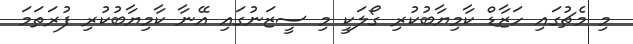
މި މެޗުގައި ހަޒާޑް ކާމިޔާބުކުރި ގޯލަކީ މި ސީޒަނުގައި އޭނާ ކާމިޔާބުކުރި ފުރަތަމަ